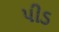
પીડ